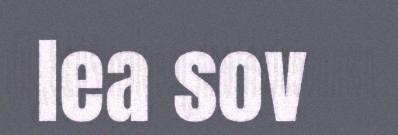
lea sov